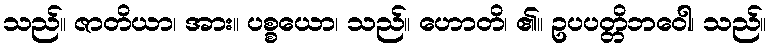
သည်။ ဇာတိယာ၊ အား။ ပစ္စယော၊ သည်။ ဟောတိ၊ ၏။ ဥပပတ္တိဘဝေါ၊ သည်။